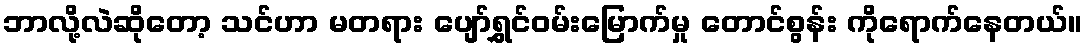
ဘာလို့လဲဆိုတော့ သင်ဟာ မတရား ပျော်ရွှင်ဝမ်းမြောက်မှု တောင်စွန်း ကိုရောက်နေတယ်။